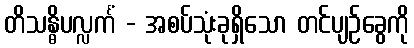
တိသန္ဓိပလ္လင်္ကံ - အစပ်သုံးခုရှိသော တင်ပျဉ်ခွေကို